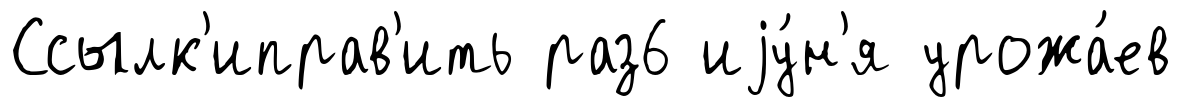
Ссылк'иправ'ить раз6 иjу́н'я урожа́ев